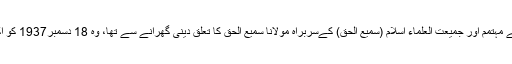
جامعہ دارالعلوم حقانیہ کے مہتمم اور جمیعت العلماء اسلام (سمیع الحق) کےسربراہ مولانا سمیع الحق کا تعلق دینی گھرانے سے تھا، وہ 18 دسمبر1937 کو اکوڑہ خٹک میں پیدا ہوئے۔